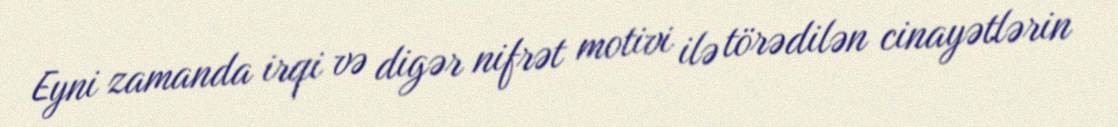
Eyni zamanda irqi və digər nifrət motivi ilə törədilən cinayətlərin